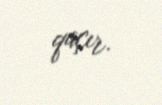
qaçır.